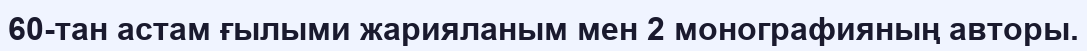
60-тан астам ғылыми жарияланым мен 2 монографияның авторы.